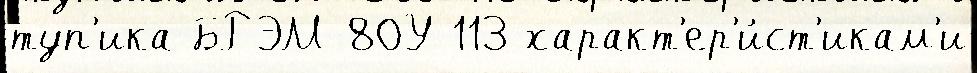
туп'ика БРЭМ-80У 113 характ'ер'и́ст'икам'и